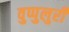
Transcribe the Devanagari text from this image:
वुप्पुलुरी